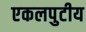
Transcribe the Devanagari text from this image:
एकलपुटीय